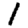
Digit: 1